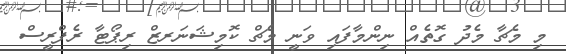
މި މެޗާ މެދު ގޮތެއް ނިންމާފައި ވަނީ މެޗް ކޮމިޝަނަރޒް ރިޕޯޓާ ރެފްރީސް